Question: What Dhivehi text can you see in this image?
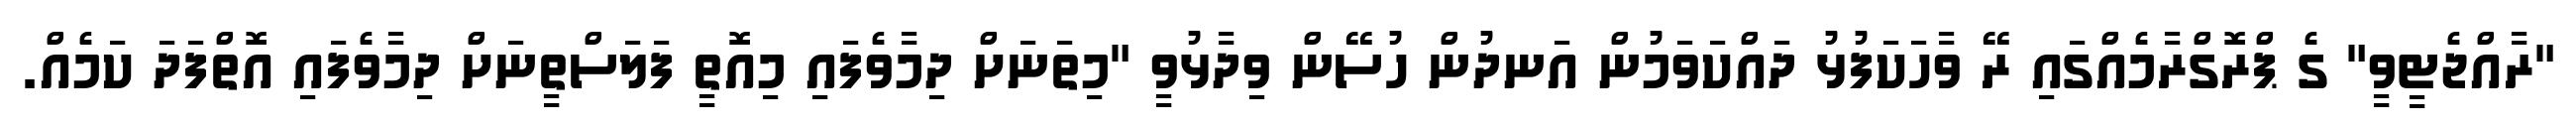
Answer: "ރާއްޖެޓީވީ" ގެ ޕްރޮގްރާމެއްގައި ރޭ ވާހަކަފުޅު ދައްކަވަމުން އަނދުން ހުސޭން ވިދާޅުވީ "މިތަނަށް ދިމާވެފައި މިއޮތީ ފަލަސްތީނަށް ދިމާވެފައި އޮތްފަދަ ކަމެއް.